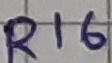
Text: R16